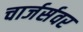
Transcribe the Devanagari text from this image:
चार्जर्सवर